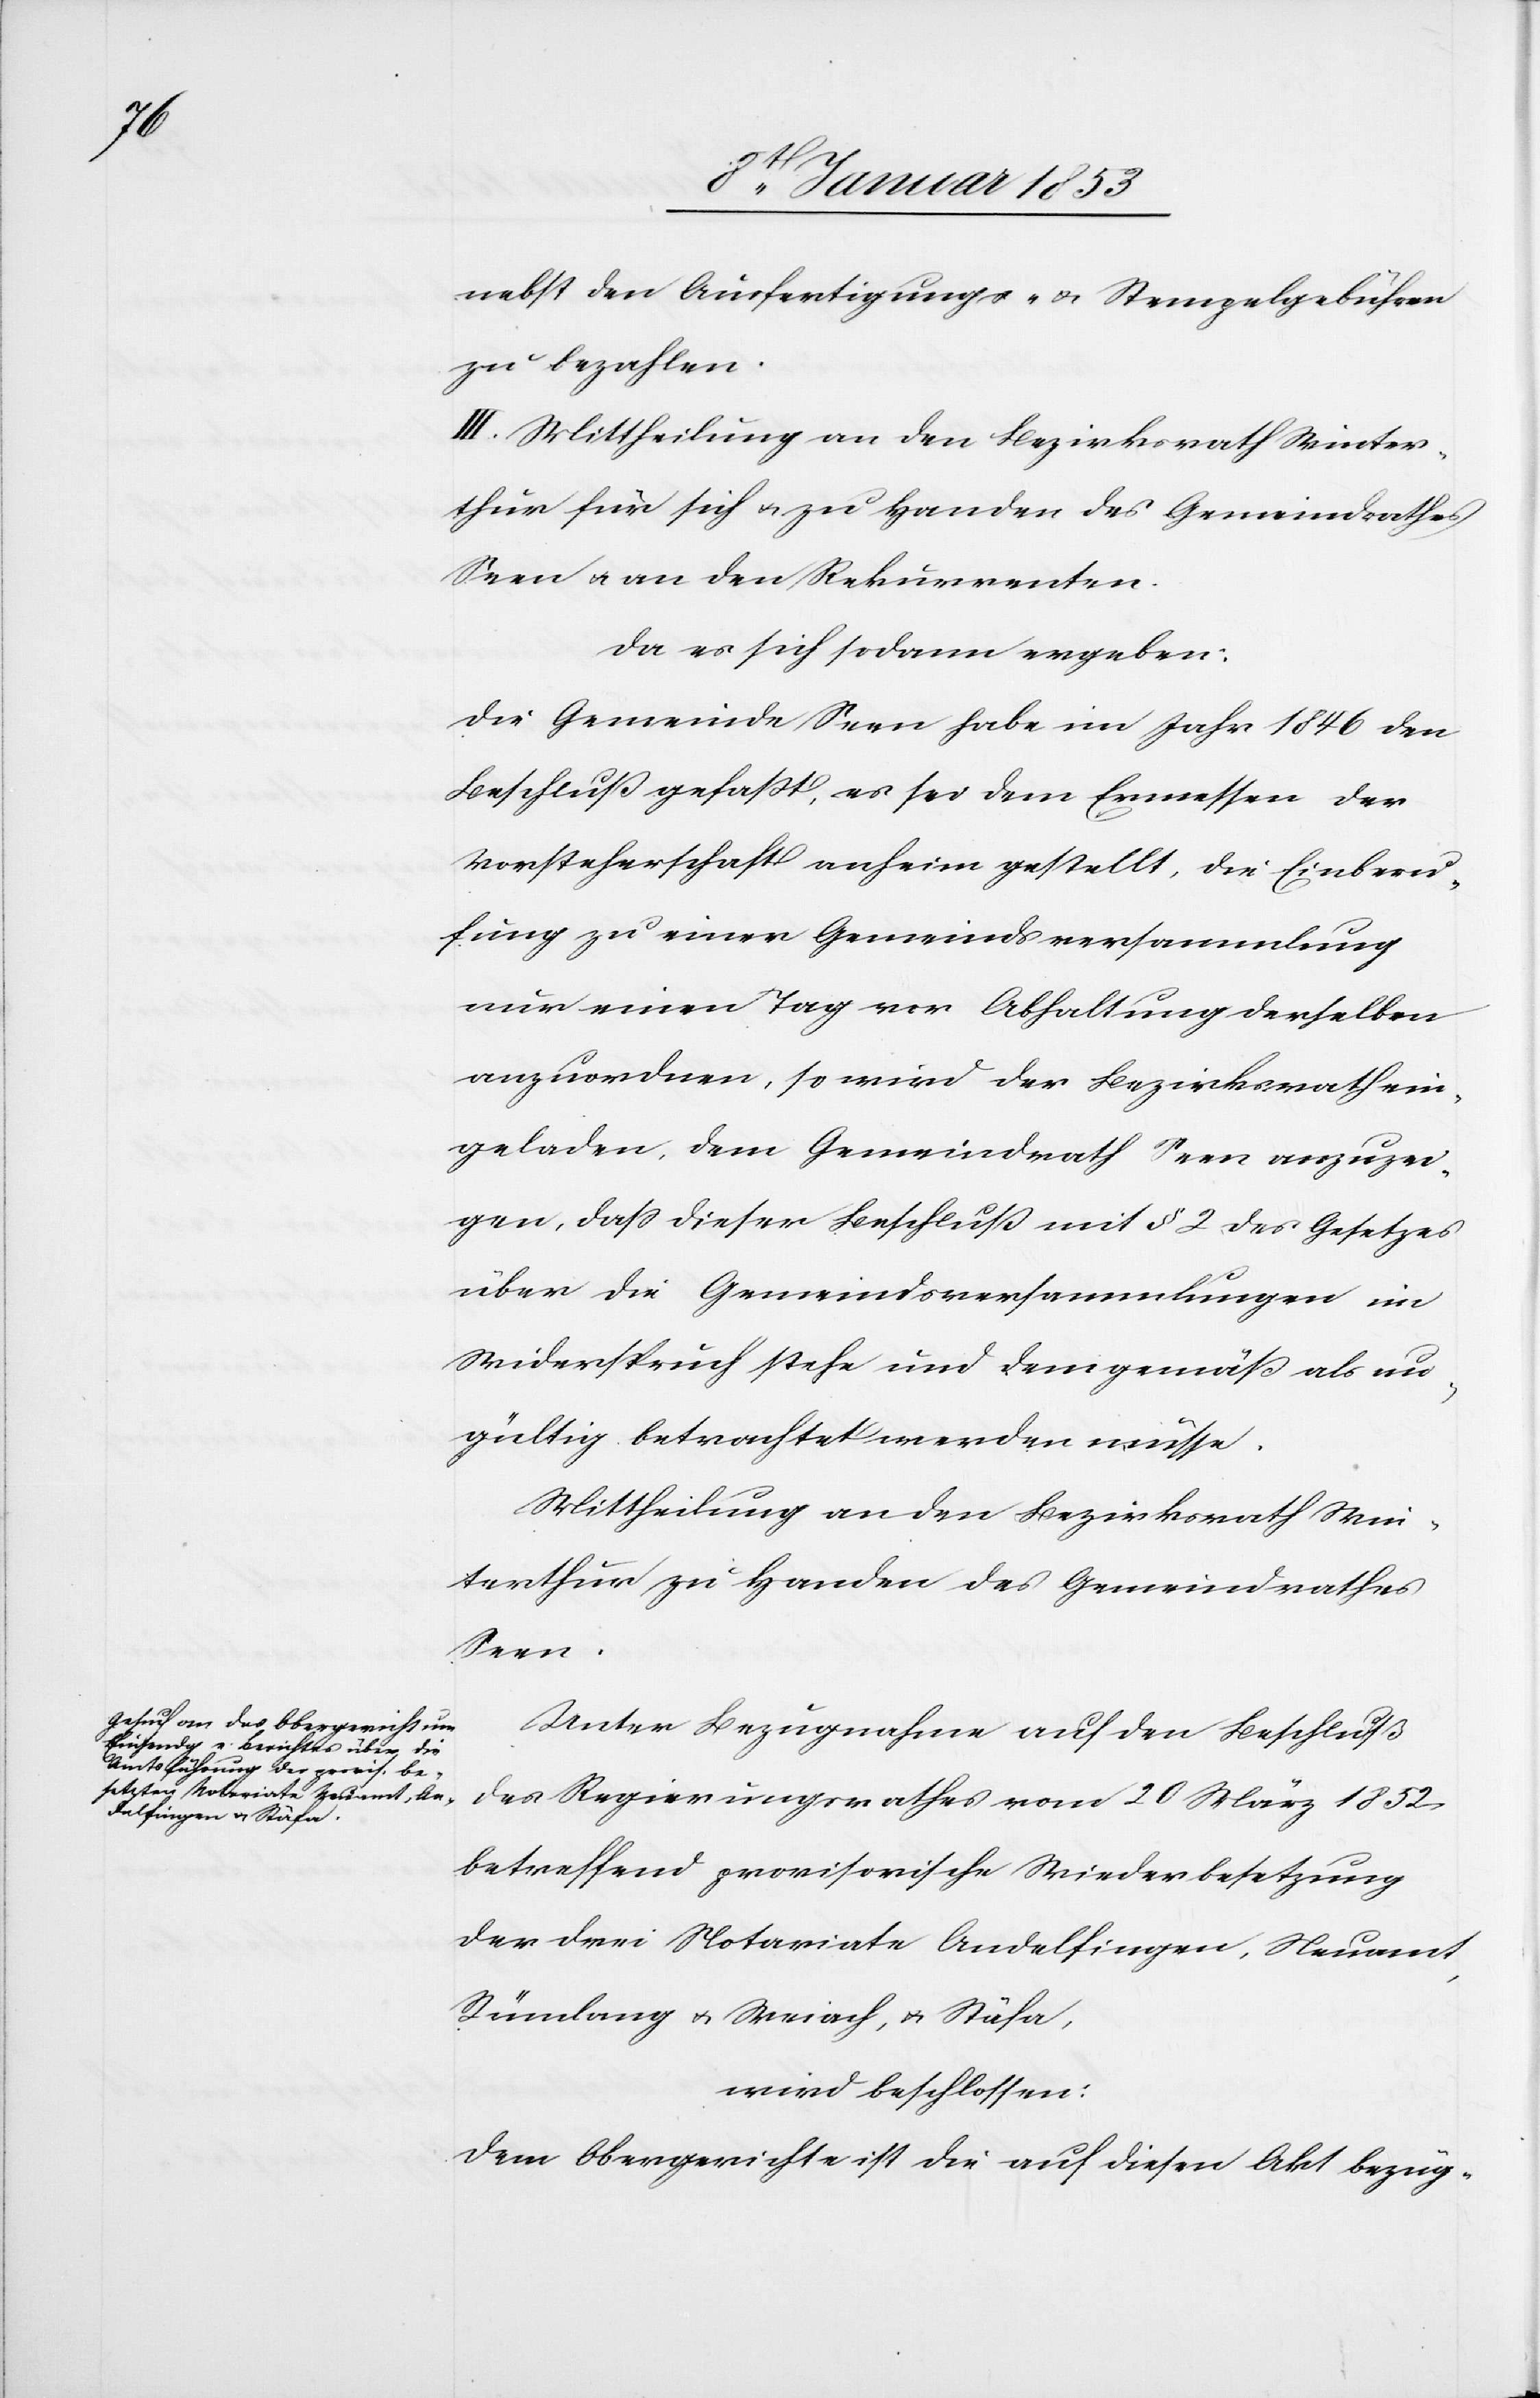
nebst den Ausfertigungs- u. Stempelgebühren
zu bezahlen.
III. Mittheilung an den Bezirksrath Winter¬
thur für sich u. zu Handen des Gemeindrathes
Seen u. an den Rekurrenten.
da es sich sodann ergeben:
Die Gemeinde Seen habe im Jahr 1846. den
Beschluß gefaßt, es sei dem Ermessen der
Vorsteherschaft anheim gestellt, die Einberu¬
fung zu einer Gemeindsversammlung
nur einen Tag vor Abhaltung derselben
anzuordnen, so wird der Bezirksrath ein¬
geladen, dem Gemeindrath Seen anzuzei¬
gen, daß dieser Beschluß mit § 2 des Gesetzes
über die Gemeindsversammlungen in
Widerspruch stehe und demgemäß als un¬
gültig betrachtet werden müsse.
Mittheilung an den Bezirksrath Win¬
terthur zu Handen des Gemeindrathes
Seen.
Unter Bezugnahme auf den Beschluß
des Regierungsrathes vom 20 May 1852
betreffend provisorische Wiederbesetzung
der drei Notariate Andelfingen, Neuamt,
Rümlang u. Weiach, u. Stäfa,
wird beschlossen:
dem Obergericht ist die auf diesen Akt bezüg-